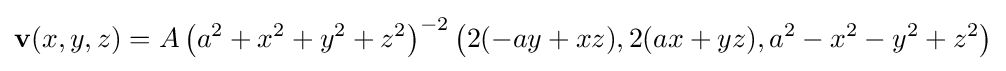
\mathbf {v} (x,y,z)=A\left(a^{2}+x^{2}+y^{2}+z^{2}\right)^{-2}\left(2(-ay+xz),2(ax+yz),a^{2}-x^{2}-y^{2}+z^{2}\right)